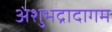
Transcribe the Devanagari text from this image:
अंशुभद्रादागम